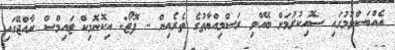
އެއްބަސްވުމުގައި ސޮއިކުރުމަށް ބޭއްވި ރަސްމިއްޔާތުގެ ތެރެއިން - ފޮޓޯ: އިކޮނޮމިކް ޓައިމްސް ރާއްޖޭގައި